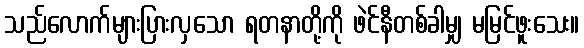
သည်လောက်များပြားလှသော ရတနာတို့ကို ဖဲင်နီတစ်ခါမျှ မမြင်ဖူးသေး။